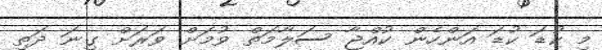
މި ކުޑަ ކުޑަ އަންހެން ކުއްޖާ ސަލާމަތް ވުމަށް ވަރަށް ގިނަ ދަތި